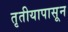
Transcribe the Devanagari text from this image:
तृतीयापासून